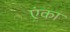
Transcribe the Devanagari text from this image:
एंका